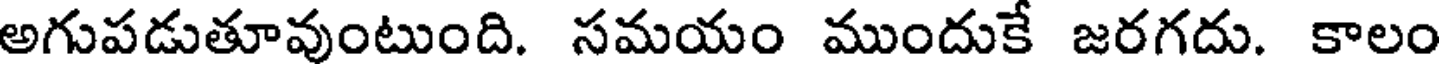
అగుపడుతూవుంటుంది. సమయం ముందుకే జరగదు. కాలం